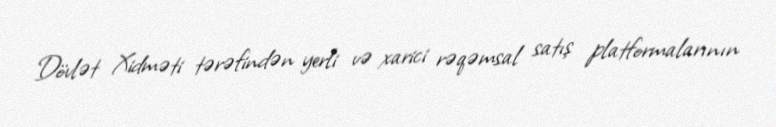
Dövlət Xidməti tərəfindən yerli və xarici rəqəmsal satış platformalarının